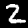
Digit: 2